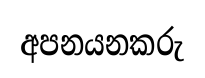
අපනයනකරු